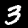
Digit: 3